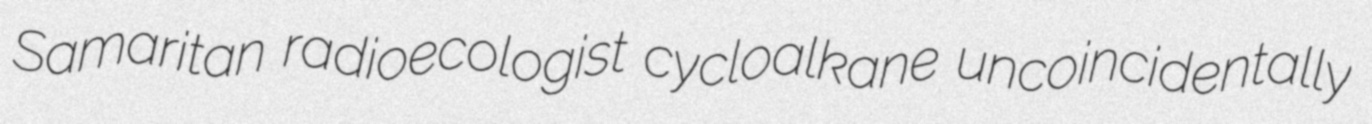
Samaritan radioecologist cycloalkane uncoincidentally